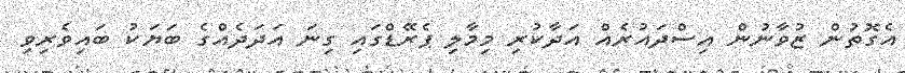
އެގޮތުން ޒުވާނުން އިސްދައުރެއް އަދާކުރި މިމާލި ޕެރޭޑްގައި ގިނަ އަދަދެއްގެ ބަޔަކު ބައިވެރިވި